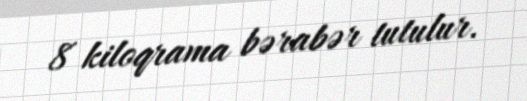
8 kiloqrama bərabər tutulur.